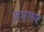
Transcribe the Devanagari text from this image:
ज़मास्प